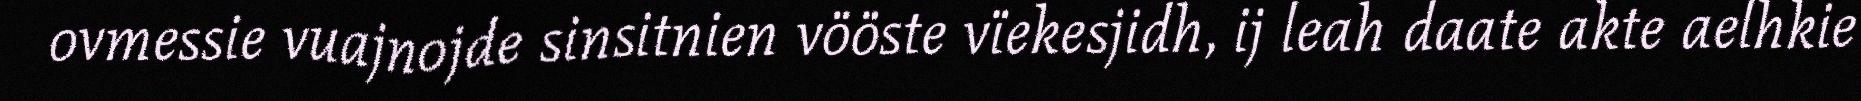
ovmessie vuajnojde sinsitnien vööste vïekesjidh, ij leah daate akte aelhkie